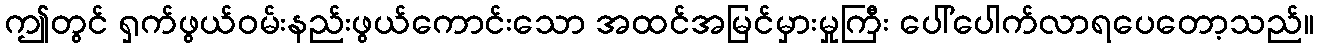
ဤတွင် ရှက်ဖွယ်ဝမ်းနည်းဖွယ်ကောင်းသော အထင်အမြင်မှားမှုကြီး ပေါ်ပေါက်လာရပေတော့သည်။